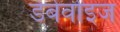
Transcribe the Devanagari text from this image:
डेबेवोइज